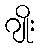
ဂျိုး